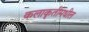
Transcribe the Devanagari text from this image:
कलाकृतींमधील